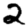
Digit: 2